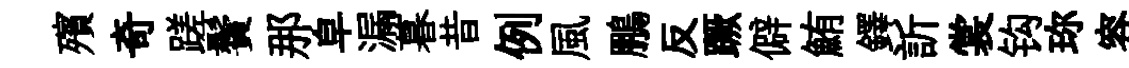
殯奇蹉鬢那皁漏暮昔例風鵬反蹶僻鮪鐸訢裳钩珎容